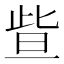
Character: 𣆟